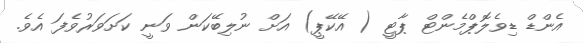
އެންޑް ޑިވެލޮޕްމެންޓް ޕާޓީ ( އޭކޭޕީ) އަށް ނުލިބޭކަން ވަނީ ކަށަވަރުވެފަ އެވެ.